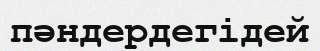
пәндердегідей